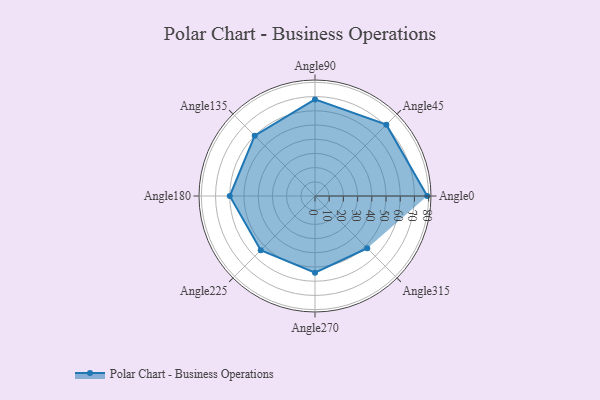
{"axis": {"x": "Angle", "y": "Radius"}, "legend": [""], "data": [{"x": "Angle0", "y": 79.0, "type": ""}, {"x": "Angle45", "y": 71.0, "type": ""}, {"x": "Angle90", "y": 68.0, "type": ""}, {"x": "Angle135", "y": 60.0, "type": ""}, {"x": "Angle180", "y": 60.0, "type": ""}, {"x": "Angle225", "y": 54.0, "type": ""}, {"x": "Angle270", "y": 54.0, "type": ""}, {"x": "Angle315", "y": 52.0, "type": ""}]}